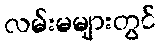
လမ်းမများတွင်